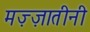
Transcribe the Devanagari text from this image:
मज़्ज़ातीनी